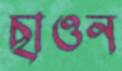
ছাওন